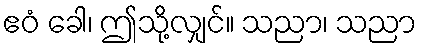
ဧဝံ ခေါ၊ ဤသို့လျှင်။ သညာ၊ သညာ